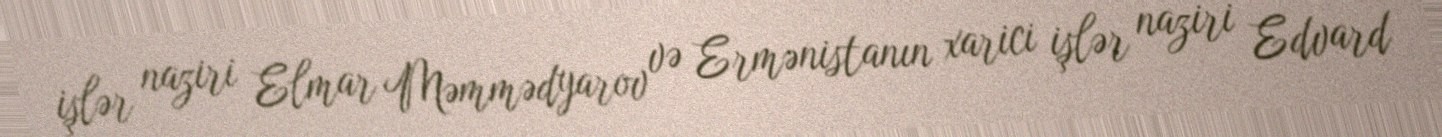
işlər naziri Elmar Məmmədyarov və Ermənistanın xarici işlər naziri Edvard